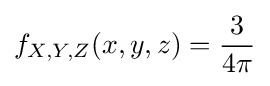
f_{X,Y,Z}(x,y,z)={\frac {3}{4\pi }}